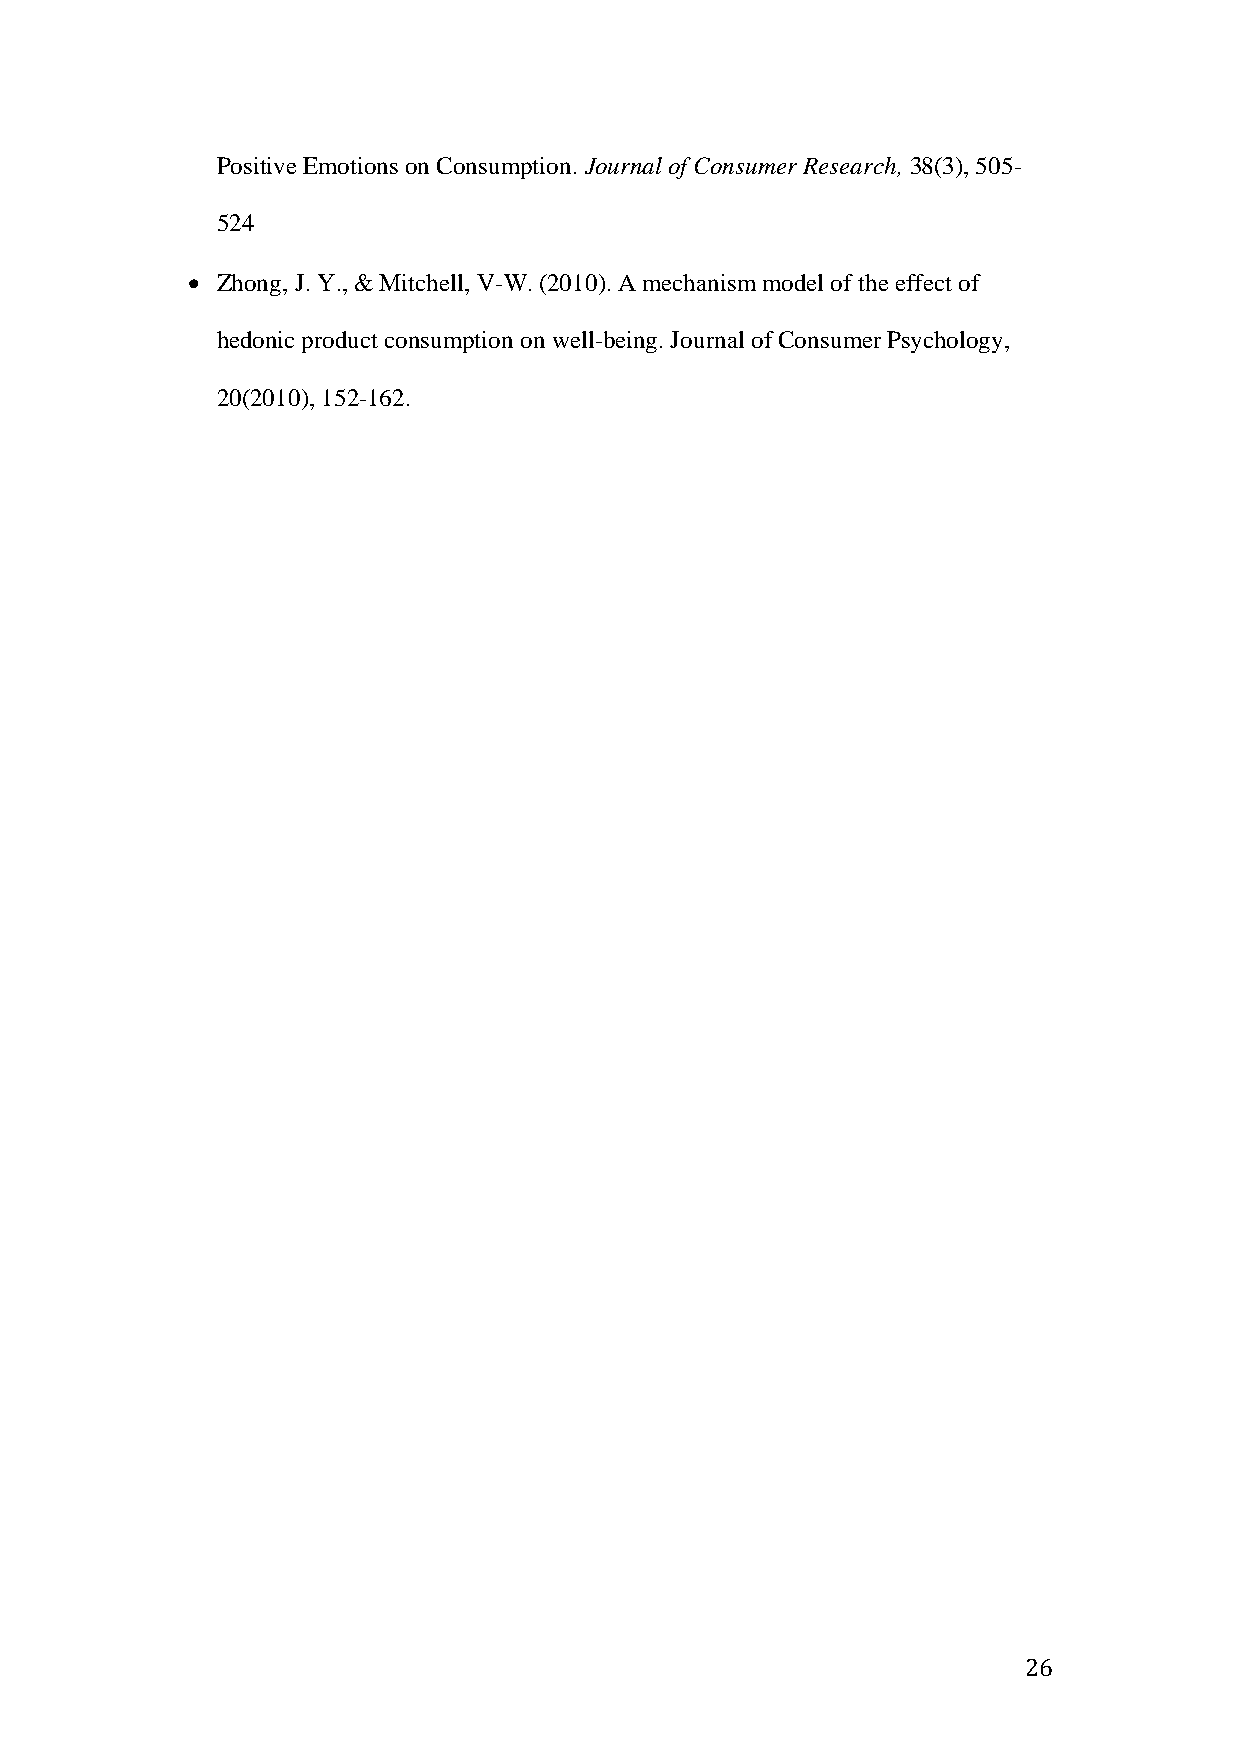
Positive Emotions on Consumption. Journal of Consumer Research, 38(3), 505-
 524
 • Zhong, J. Y., & Mitchell, V-W. (2010). A mechanism model of the effect of
 hedonic product consumption on well-being. Journal of Consumer Psychology,
 20(2010), 152-162.
 26